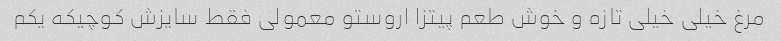
مرغ خیلی خیلی تازه و خوش طعم پیتزا اروستو معمولی فقط سایزش کوچیکه یکم